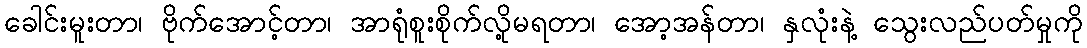
ခေါင်းမူးတာ၊ ဗိုက်အောင့်တာ၊ အာရုံစူးစိုက်လို့မရတာ၊ အော့အန်တာ၊ နှလုံးနဲ့ သွေးလည်ပတ်မှုကို